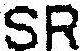
SR